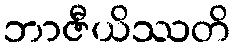
ဘာဇီယိဿတိ